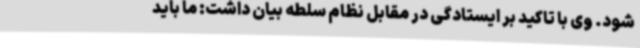
شود. وی با تاکید بر ایستادگی در مقابل نظام سلطه بیان داشت: ما باید